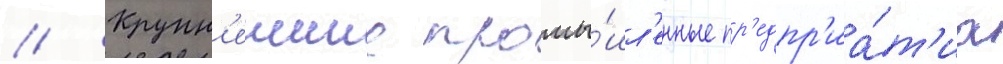
// Крупн'еишие промы́шл'енные пр'едпр'иа́т'иа